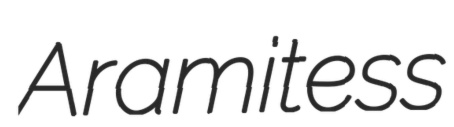
Aramitess